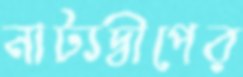
নাট্যদ্বীপের